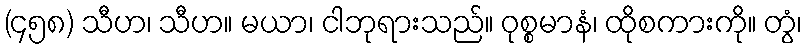
(၄၅၈) သီဟ၊ သီဟ။ မယာ၊ ငါဘုရားသည်။ ဝုစ္စမာနံ၊ ထိုစကားကို။ တွံ၊